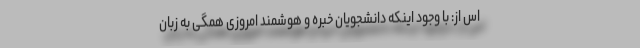
اس از: با وجود اینکه دانشجویان خبره و هوشمند امروزی همگی به زبان